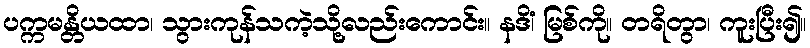
ပက္ကမန္တိယထာ၊ သွားကုန်သကဲ့သို့လည်းကောင်း။ နဒိံ၊ မြစ်ကို။ တရိတွာ၊ ကူးပြီး၍။